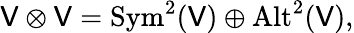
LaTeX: \mathsf{V}\otimes\mathsf{V}={\mathrm{{Sym}}}^{2}(\mathsf{V})\oplus{\mathrm{{Alt}}}^{2}(\mathsf{V}),